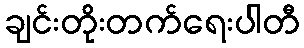
ချင်းတိုးတက်ရေးပါတီ